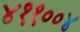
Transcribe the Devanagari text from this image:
४११००४